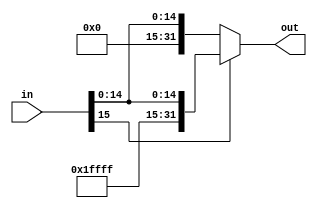
module sign_extend_16_to_32(
    input [15:0] in,
    output [31:0] out
);
    assign out = in[15] ? {16'b1111111111111111, in} : {16'b0000000000000000, in};

endmodule